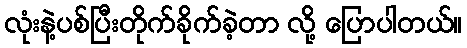
လုံးနဲ့ပစ်ပြီးတိုက်ခိုက်ခဲ့တာ လို့ ပြောပါတယ်။